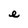
Character: e